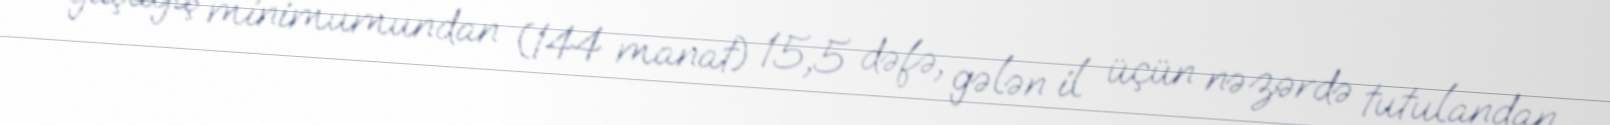
yaşayış minimumundan (144 manat) 15,5 dəfə, gələn il üçün nəzərdə tutulandan